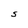
Character: S